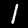
Digit: 1